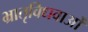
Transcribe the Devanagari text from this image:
भ्रातृविधवाओं